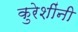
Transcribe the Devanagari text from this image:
कुरेशींनी